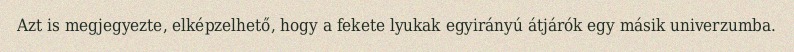
Azt is megjegyezte, elképzelhető, hogy a fekete lyukak egyirányú átjárók egy másik univerzumba.